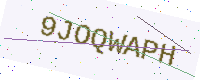
Text: 9JOQWAPH